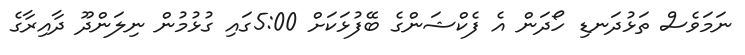
ނަމަވެސް ތަޅުދަނޑި ހޯދަން އެ ފެކްޝަންގެ ބޭފުޅަކަށް 5:00ގައި ގުޅުމުން ނިލަންދޫ ދާއިރާގެ